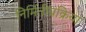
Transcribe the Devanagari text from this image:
निर्मितीप्रक्रिया